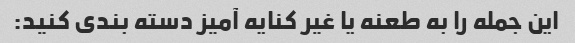
این جمله را به طعنه یا غیر کنایه آمیز دسته بندی کنید: